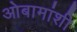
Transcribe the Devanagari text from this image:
ओबामांशी